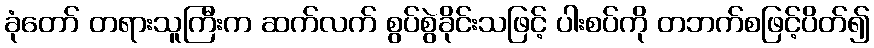
ခုံတော် တရားသူကြီးက ဆက်လက် စွပ်စွဲခိုင်းသဖြင့် ပါးစပ်ကို တဘက်စဖြင့်ပိတ်၍